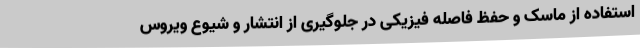
استفاده از ماسک و حفظ فاصله فیزیکی در جلوگیری از انتشار و شیوع ویروس